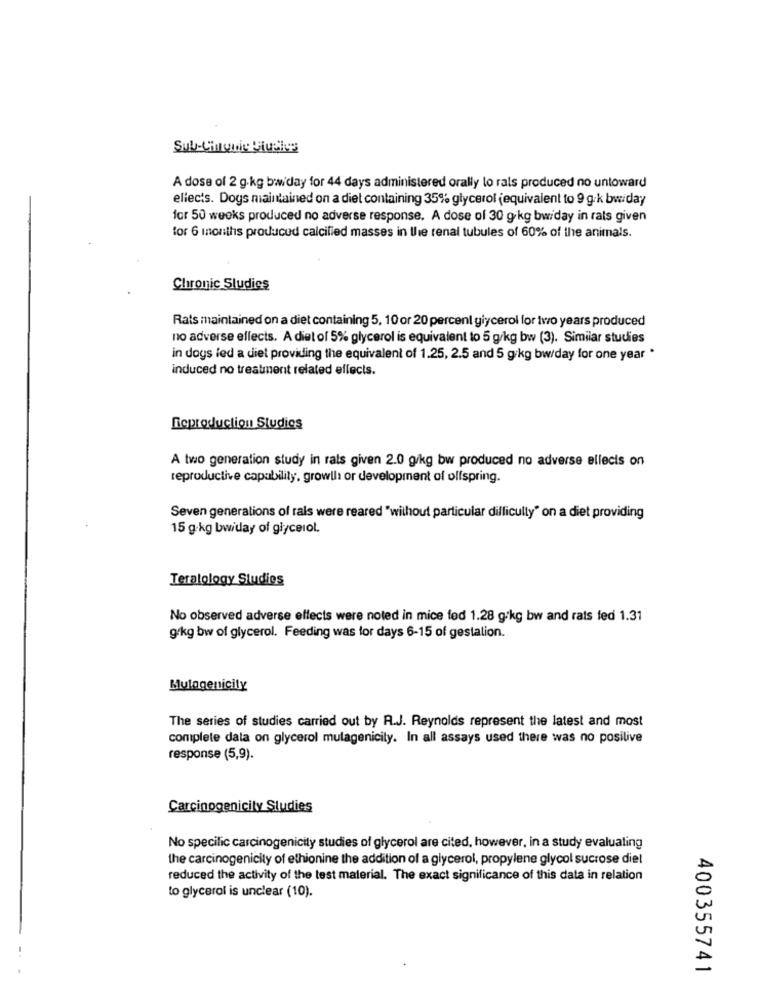
Sub-Cinquie Plusles
A dose of 2 g.kg bw day for 44 days administered orally lo rals produced no untoward
ellects. Dogs maintained on a diet containing 35% glycerol (equivalent to 9 gk bwiday
for 50 weeks produced no adverse response. A dose of 30 g/kg bwiday in rats given
for 6 months produced calcified masses in the renal tubules of 60% of the animals.
Chronic Studies
Rats maintained on a diet containing 5, 10 or 20 percent glycerol for two years produced
no adverse ellects. A diet of 5% glycerol is equivalent to 5 g/kg bw (3). Similar studies
in dogs led a diet providing the equivalent of 1.25, 2.5 and 5 g/kg bwrday for one year *
induced no treatment related effects.
Reproduction Studies
A two generation study in rats given 2.0 g/kg bw produced no adverse ellecis on
reproductive capability, growlli or development of offspring.
Seven generations of rals were reared "without particular difficulty" on a diet providing
15 g.kg bwiday of glycerol.
Teratology Studies
No observed adverse effects were noted in mice fed 1.28 gikg bw and rats fed 1.31
g/kg bw of glycerol. Feeding was for days 6-15 of gestalion.
Mutagenicily
The series of studies carried out by R.J. Reynolds represent the latest and most
complete data on glycerol mulagenicity. In all assays used there was no positive
response (5,9).
Carcinogenicity Studies
No specilic carcinogenicity studies of glycerol are cited, however, in a study evaluating
the carcinogenicity of ethionine the addition of a glycerol, propylene glycol sucrose diel
reduced the activity of the test material. The exact significance of this data in relation
to glycerol is unclear (10).
400355741